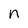
Character: n